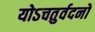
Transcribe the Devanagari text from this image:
योऽचतुर्वदनो